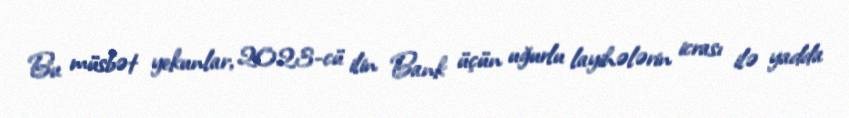
Bu müsbət yekunlar, 2023-cü ilin Bank üçün uğurlu layihələrin icrası ilə yadda